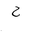
Letter: _ha